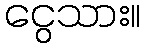
ငွေသား။